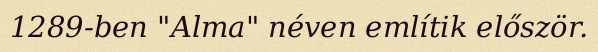
1289-ben "Alma" néven említik először.